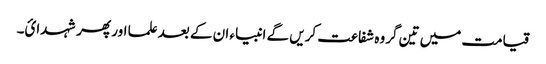
قیامت میں تین گروہ شفاعت کریں گے انبیاء ان کے بعد علما اور پھر شہدائ۔